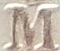
M